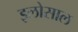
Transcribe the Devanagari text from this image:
इलोसाल